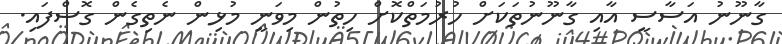
ގާނޫނު އަސާސީ އާއި ގާނޫނުތަކަށް ހުރުމަތްކޮށް ހިތުން މިވަނީ މުޅިން ނެތިގެން ގޮސްފައި.